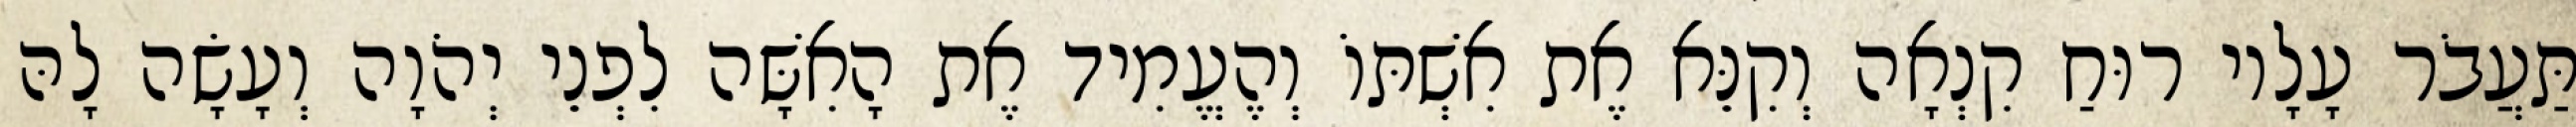
תַּעֲבֹר עָלָיו רוּחַ קִנְאָה וְקִנֵּא אֶת אִשְׁתּוֹ וְהֶעֱמִיד אֶת הָאִשָּׁה לִפְנֵי יְהֹוָה וְעָשָׂה לָהּ